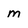
Character: m